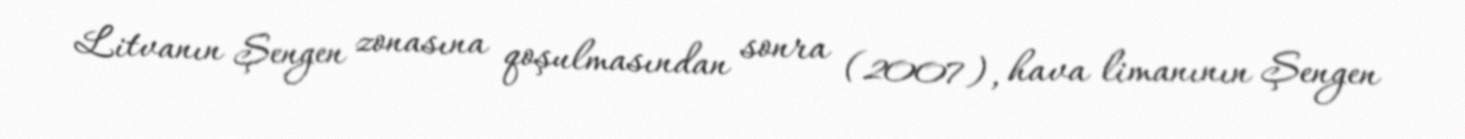
Litvanın Şengen zonasına qoşulmasından sonra (2007), hava limanının Şengen